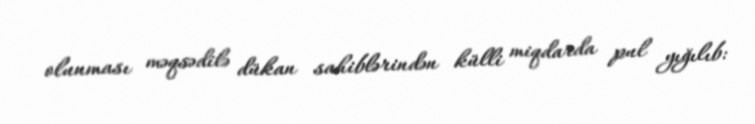
olunması məqsədilə dükan sahiblərindən külli miqdarda pul yığılıb: